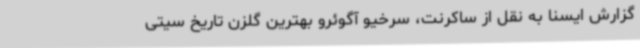
گزارش ایسنا به نقل از ساکرنت، سرخیو آگوئرو بهترین گلزن تاریخ سیتی